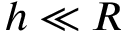
h \ll R